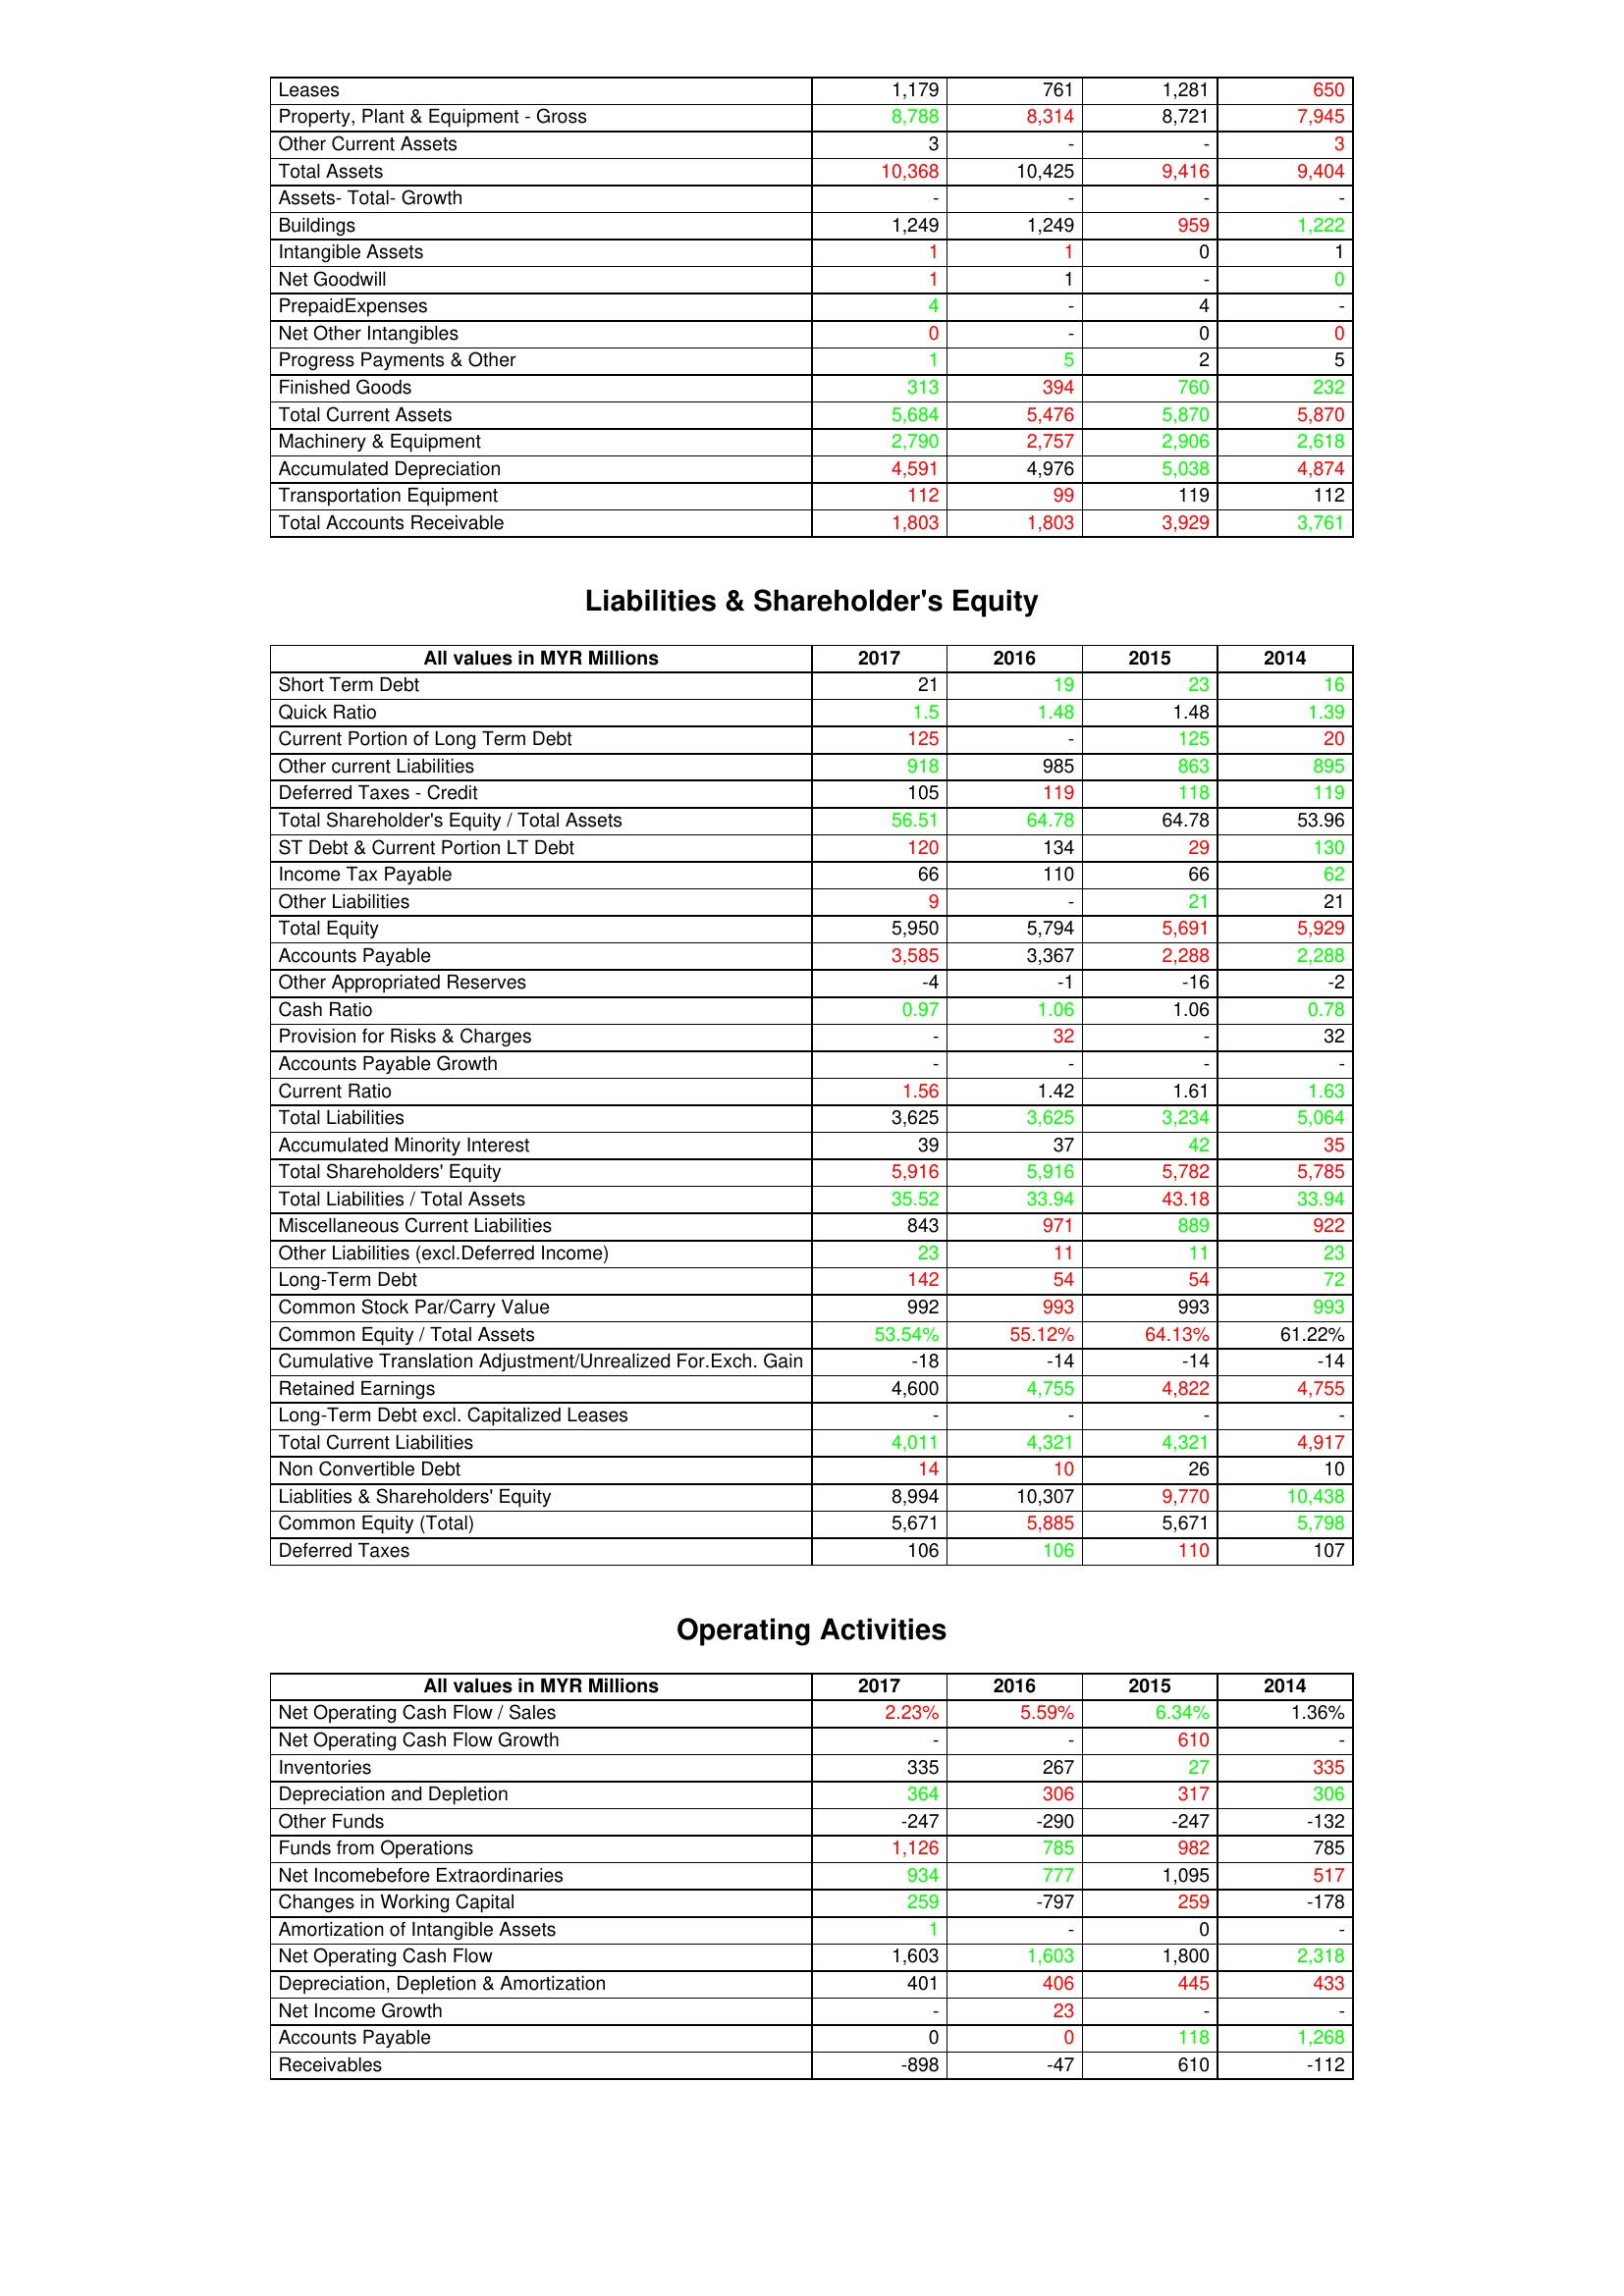
gt_parse: 2017: Assets: Leases: 1,179
Property, Plant & Equipment - Gross : 8,788
Other Current Assets: 3
Total Assets: 10,368
Assets- Total- Growth: -
Buildings: 1,249
Intangible Assets: 1
Net Goodwill: 1
PrepaidExpenses: 4
Net Other Intangibles: 0
Progress Payments & Other: 1
Finished Goods: 313
Total Current Assets: 5,684
Machinery & Equipment: 2,790
Accumulated Depreciation: 4,591
Transportation Equipment: 112
Total Accounts Receivable: 1,803
Liabilities & Shareholder's Equity: Short Term Debt: 21
Quick Ratio: 1.5
Current Portion of Long Term Debt: 125
Other current Liabilities: 918
Deferred Taxes - Credit: 105
Total Shareholder's Equity / Total Assets: 56.51
ST Debt & Current Portion LT Debt: 120
Income Tax Payable: 66
Other Liabilities: 9
Total Equity: 5,950
Accounts Payable: 3,585
Other Appropriated Reserves: -4
Cash Ratio: 0.97
Provision for Risks & Charges: -
Accounts Payable Growth: -
Current Ratio: 1.56
Total Liabilities: 3,625
Accumulated Minority Interest: 39
Total Shareholders' Equity: 5,916
Total Liabilities / Total Assets: 35.52
Miscellaneous Current Liabilities: 843
Other Liabilities (excl.Deferred Income): 23
Long-Term Debt: 142
Common Stock Par/Carry Value: 992
Common Equity / Total Assets: 53.54%
Cumulative Translation Adjustment/Unrealized For.Exch. Gain: -18
Retained Earnings: 4,600
Long-Term Debt excl. Capitalized Leases: -
Total Current Liabilities: 4,011
Non Convertible Debt: 14
Liablities & Shareholders' Equity: 8,994
Common Equity (Total): 5,671
Deferred Taxes: 106
Operating Activities: Net Operating Cash Flow / Sales: 2.23%
Net Operating Cash Flow Growth: -
Inventories: 335
Depreciation and Depletion: 364
Other Funds: -247
Funds from Operations: 1,126
Net Incomebefore Extraordinaries: 934
Changes in Working Capital: 259
Amortization of Intangible Assets: 1
Net Operating Cash Flow: 1,603
Depreciation, Depletion & Amortization: 401
Net Income Growth: -
Accounts Payable: 0
Receivables: -898
2016: Assets: Leases: 761
Property, Plant & Equipment - Gross : 8,314
Other Current Assets: -
Total Assets: 10,425
Assets- Total- Growth: -
Buildings: 1,249
Intangible Assets: 1
Net Goodwill: 1
PrepaidExpenses: -
Net Other Intangibles: -
Progress Payments & Other: 5
Finished Goods: 394
Total Current Assets: 5,476
Machinery & Equipment: 2,757
Accumulated Depreciation: 4,976
Transportation Equipment: 99
Total Accounts Receivable: 1,803
Liabilities & Shareholder's Equity: Short Term Debt: 19
Quick Ratio: 1.48
Current Portion of Long Term Debt: -
Other current Liabilities: 985
Deferred Taxes - Credit: 119
Total Shareholder's Equity / Total Assets: 64.78
ST Debt & Current Portion LT Debt: 134
Income Tax Payable: 110
Other Liabilities: -
Total Equity: 5,794
Accounts Payable: 3,367
Other Appropriated Reserves: -1
Cash Ratio: 1.06
Provision for Risks & Charges: 32
Accounts Payable Growth: -
Current Ratio: 1.42
Total Liabilities: 3,625
Accumulated Minority Interest: 37
Total Shareholders' Equity: 5,916
Total Liabilities / Total Assets: 33.94
Miscellaneous Current Liabilities: 971
Other Liabilities (excl.Deferred Income): 11
Long-Term Debt: 54
Common Stock Par/Carry Value: 993
Common Equity / Total Assets: 55.12%
Cumulative Translation Adjustment/Unrealized For.Exch. Gain: -14
Retained Earnings: 4,755
Long-Term Debt excl. Capitalized Leases: -
Total Current Liabilities: 4,321
Non Convertible Debt: 10
Liablities & Shareholders' Equity: 10,307
Common Equity (Total): 5,885
Deferred Taxes: 106
Operating Activities: Net Operating Cash Flow / Sales: 5.59%
Net Operating Cash Flow Growth: -
Inventories: 267
Depreciation and Depletion: 306
Other Funds: -290
Funds from Operations: 785
Net Incomebefore Extraordinaries: 777
Changes in Working Capital: -797
Amortization of Intangible Assets: -
Net Operating Cash Flow: 1,603
Depreciation, Depletion & Amortization: 406
Net Income Growth: 23
Accounts Payable: 0
Receivables: -47
2015: Assets: Leases: 1,281
Property, Plant & Equipment - Gross : 8,721
Other Current Assets: -
Total Assets: 9,416
Assets- Total- Growth: -
Buildings: 959
Intangible Assets: 0
Net Goodwill: -
PrepaidExpenses: 4
Net Other Intangibles: 0
Progress Payments & Other: 2
Finished Goods: 760
Total Current Assets: 5,870
Machinery & Equipment: 2,906
Accumulated Depreciation: 5,038
Transportation Equipment: 119
Total Accounts Receivable: 3,929
Liabilities & Shareholder's Equity: Short Term Debt: 23
Quick Ratio: 1.48
Current Portion of Long Term Debt: 125
Other current Liabilities: 863
Deferred Taxes - Credit: 118
Total Shareholder's Equity / Total Assets: 64.78
ST Debt & Current Portion LT Debt: 29
Income Tax Payable: 66
Other Liabilities: 21
Total Equity: 5,691
Accounts Payable: 2,288
Other Appropriated Reserves: -16
Cash Ratio: 1.06
Provision for Risks & Charges: -
Accounts Payable Growth: -
Current Ratio: 1.61
Total Liabilities: 3,234
Accumulated Minority Interest: 42
Total Shareholders' Equity: 5,782
Total Liabilities / Total Assets: 43.18
Miscellaneous Current Liabilities: 889
Other Liabilities (excl.Deferred Income): 11
Long-Term Debt: 54
Common Stock Par/Carry Value: 993
Common Equity / Total Assets: 64.13%
Cumulative Translation Adjustment/Unrealized For.Exch. Gain: -14
Retained Earnings: 4,822
Long-Term Debt excl. Capitalized Leases: -
Total Current Liabilities: 4,321
Non Convertible Debt: 26
Liablities & Shareholders' Equity: 9,770
Common Equity (Total): 5,671
Deferred Taxes: 110
Operating Activities: Net Operating Cash Flow / Sales: 6.34%
Net Operating Cash Flow Growth: 610
Inventories: 27
Depreciation and Depletion: 317
Other Funds: -247
Funds from Operations: 982
Net Incomebefore Extraordinaries: 1,095
Changes in Working Capital: 259
Amortization of Intangible Assets: 0
Net Operating Cash Flow: 1,800
Depreciation, Depletion & Amortization: 445
Net Income Growth: -
Accounts Payable: 118
Receivables: 610
2014: Assets: Leases: 650
Property, Plant & Equipment - Gross : 7,945
Other Current Assets: 3
Total Assets: 9,404
Assets- Total- Growth: -
Buildings: 1,222
Intangible Assets: 1
Net Goodwill: 0
PrepaidExpenses: -
Net Other Intangibles: 0
Progress Payments & Other: 5
Finished Goods: 232
Total Current Assets: 5,870
Machinery & Equipment: 2,618
Accumulated Depreciation: 4,874
Transportation Equipment: 112
Total Accounts Receivable: 3,761
Liabilities & Shareholder's Equity: Short Term Debt: 16
Quick Ratio: 1.39
Current Portion of Long Term Debt: 20
Other current Liabilities: 895
Deferred Taxes - Credit: 119
Total Shareholder's Equity / Total Assets: 53.96
ST Debt & Current Portion LT Debt: 130
Income Tax Payable: 62
Other Liabilities: 21
Total Equity: 5,929
Accounts Payable: 2,288
Other Appropriated Reserves: -2
Cash Ratio: 0.78
Provision for Risks & Charges: 32
Accounts Payable Growth: -
Current Ratio: 1.63
Total Liabilities: 5,064
Accumulated Minority Interest: 35
Total Shareholders' Equity: 5,785
Total Liabilities / Total Assets: 33.94
Miscellaneous Current Liabilities: 922
Other Liabilities (excl.Deferred Income): 23
Long-Term Debt: 72
Common Stock Par/Carry Value: 993
Common Equity / Total Assets: 61.22%
Cumulative Translation Adjustment/Unrealized For.Exch. Gain: -14
Retained Earnings: 4,755
Long-Term Debt excl. Capitalized Leases: -
Total Current Liabilities: 4,917
Non Convertible Debt: 10
Liablities & Shareholders' Equity: 10,438
Common Equity (Total): 5,798
Deferred Taxes: 107
Operating Activities: Net Operating Cash Flow / Sales: 1.36%
Net Operating Cash Flow Growth: -
Inventories: 335
Depreciation and Depletion: 306
Other Funds: -132
Funds from Operations: 785
Net Incomebefore Extraordinaries: 517
Changes in Working Capital: -178
Amortization of Intangible Assets: -
Net Operating Cash Flow: 2,318
Depreciation, Depletion & Amortization: 433
Net Income Growth: -
Accounts Payable: 1,268
Receivables: -112